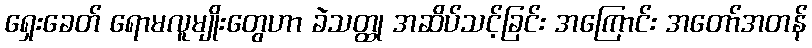
ရှေးခေတ် ရောမလူမျိုးတွေဟာ ခဲသတ္ထု အဆိပ်သင့်ခြင်း အကြောင်း အတော်အတန်